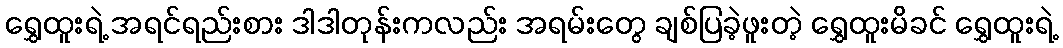
ရွှေထူးရဲ့ အရင်ရည်းစား ဒါဒါတုန်းကလည်း အရမ်းတွေ ချစ်ပြခဲ့ဖူးတဲ့ ရွှေထူးမိခင် ရွှေထူးရဲ့